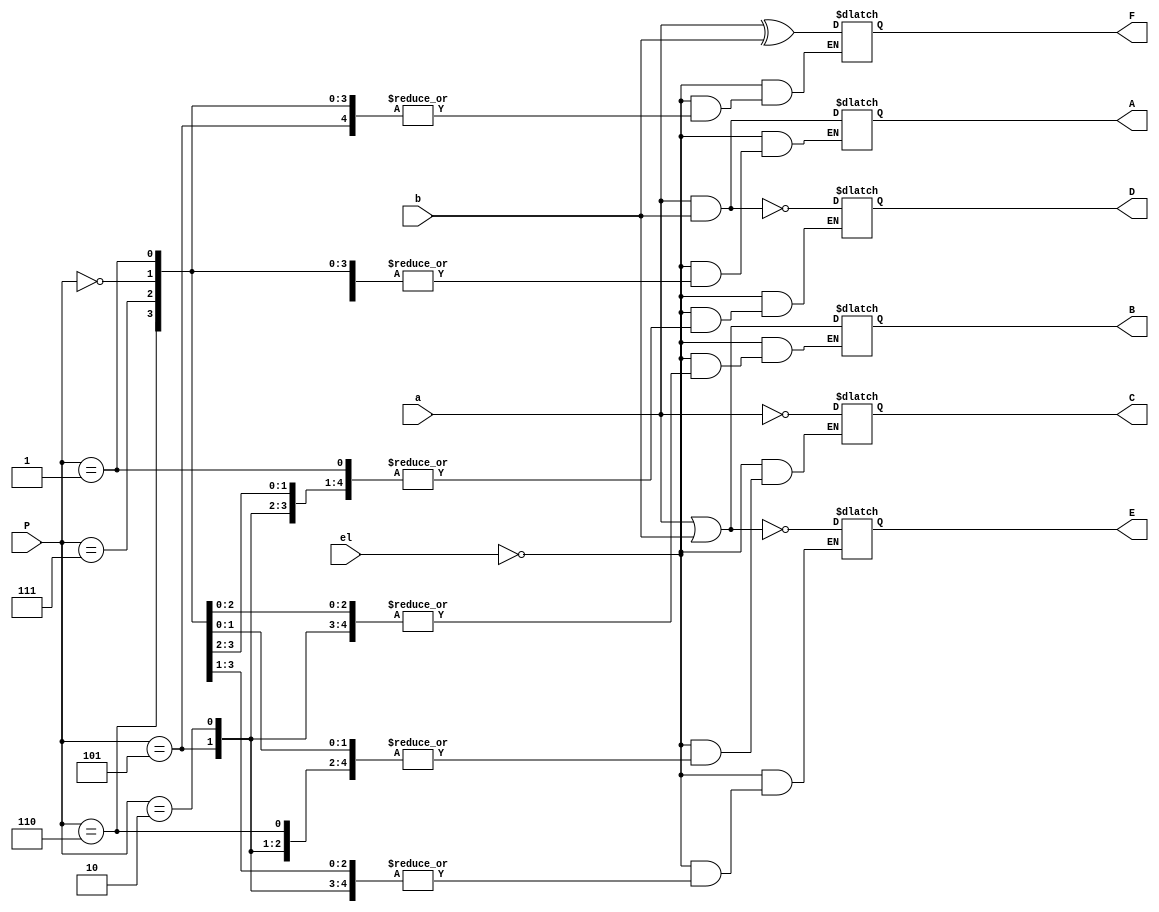
module logical(input [7:0]a,b,input [2:0]P,input el,output reg [7:0]A,B,C,D,E,F);

always@(*)
begin
//$display("logical block execution ");
   	if(el==0) begin
		case(P)
		3'b101: begin A=a&b; $display("and operation"); end
		3'b110: begin B=a|b; $display("or operation");  end
		3'b111: begin C=~a; $display("not operation");  end
		3'b000: begin D=~(a&b); $display("nand operation");  end
		3'b001: begin E=~(a|b); $display("nor operation");  end
		3'b010: begin F=(a^b); $display("xor operation %b",F);  end
		default : begin A=8'bzzz; B=8'bzz;  C=8'bzz; D=8'bzz; E=8'bzz; F=8'bzz;  end
		endcase
	end
	else 
		begin 
			A=8'bzz; B=8'bzz;  C=8'bzz; D=8'bzz; E=8'bzz; F=8'bzz;

		end
end
endmodule